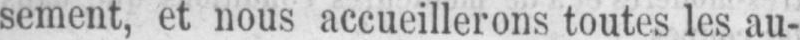
sement, et nous accueillerons toutes les au-